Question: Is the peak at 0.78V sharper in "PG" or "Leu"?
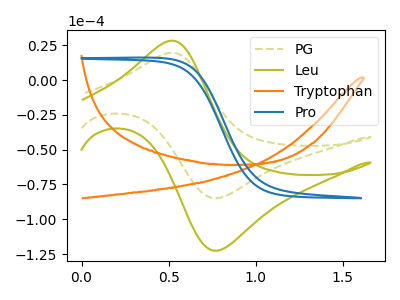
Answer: <think>The olive dashed curve "PG" has an anodic peak at (0.50V, 19.55uA) and a cathodic peak at (0.80V, -84.80uA). The olive curve "Leu" has an anodic peak at (0.50V, 28.25uA) and a cathodic peak at (0.80V, -122.45uA). The orange curve "Tryptophan" has no peaks. The blue curve "Pro" has no peaks.</think>
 <answer>The peak at 0.78V is lower in "PG" than in "Leu".</answer>
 <eval>lower</eval>